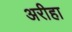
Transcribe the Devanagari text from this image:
अरीहा